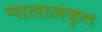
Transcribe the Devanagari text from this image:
मालालंकृत